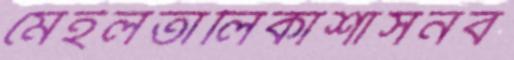
মেইলতালিকাশাসনব